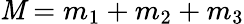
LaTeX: \mathit{M}=m_{1}+m_{2}+m_{3}